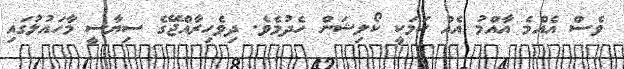
ވެސް އެއްމެ އާއްމު އެއް ކަމަކީ ކޯލިޝަން ހެދުމެވެ. ދިވެހިރާއްޖޭގެ ސިޔާސީ މާހައުލުގައި